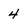
Character: 4